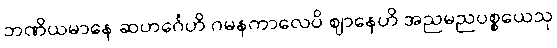
ဘဏိယမာနေ ဆဟင်္ဂေဟိ ဂမနကာလေပိ ဈာနေဟိ အညမညပစ္စယေသု